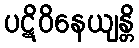
ပဋိဝိနေယျန္တိ